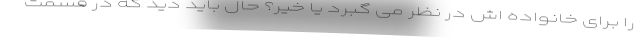
را برای خانواده اش در نظر می گبرد یا خیر؟ حال باید دید که در قسمت